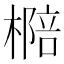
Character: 㯁